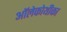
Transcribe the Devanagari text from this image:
ऑलेकोथीका